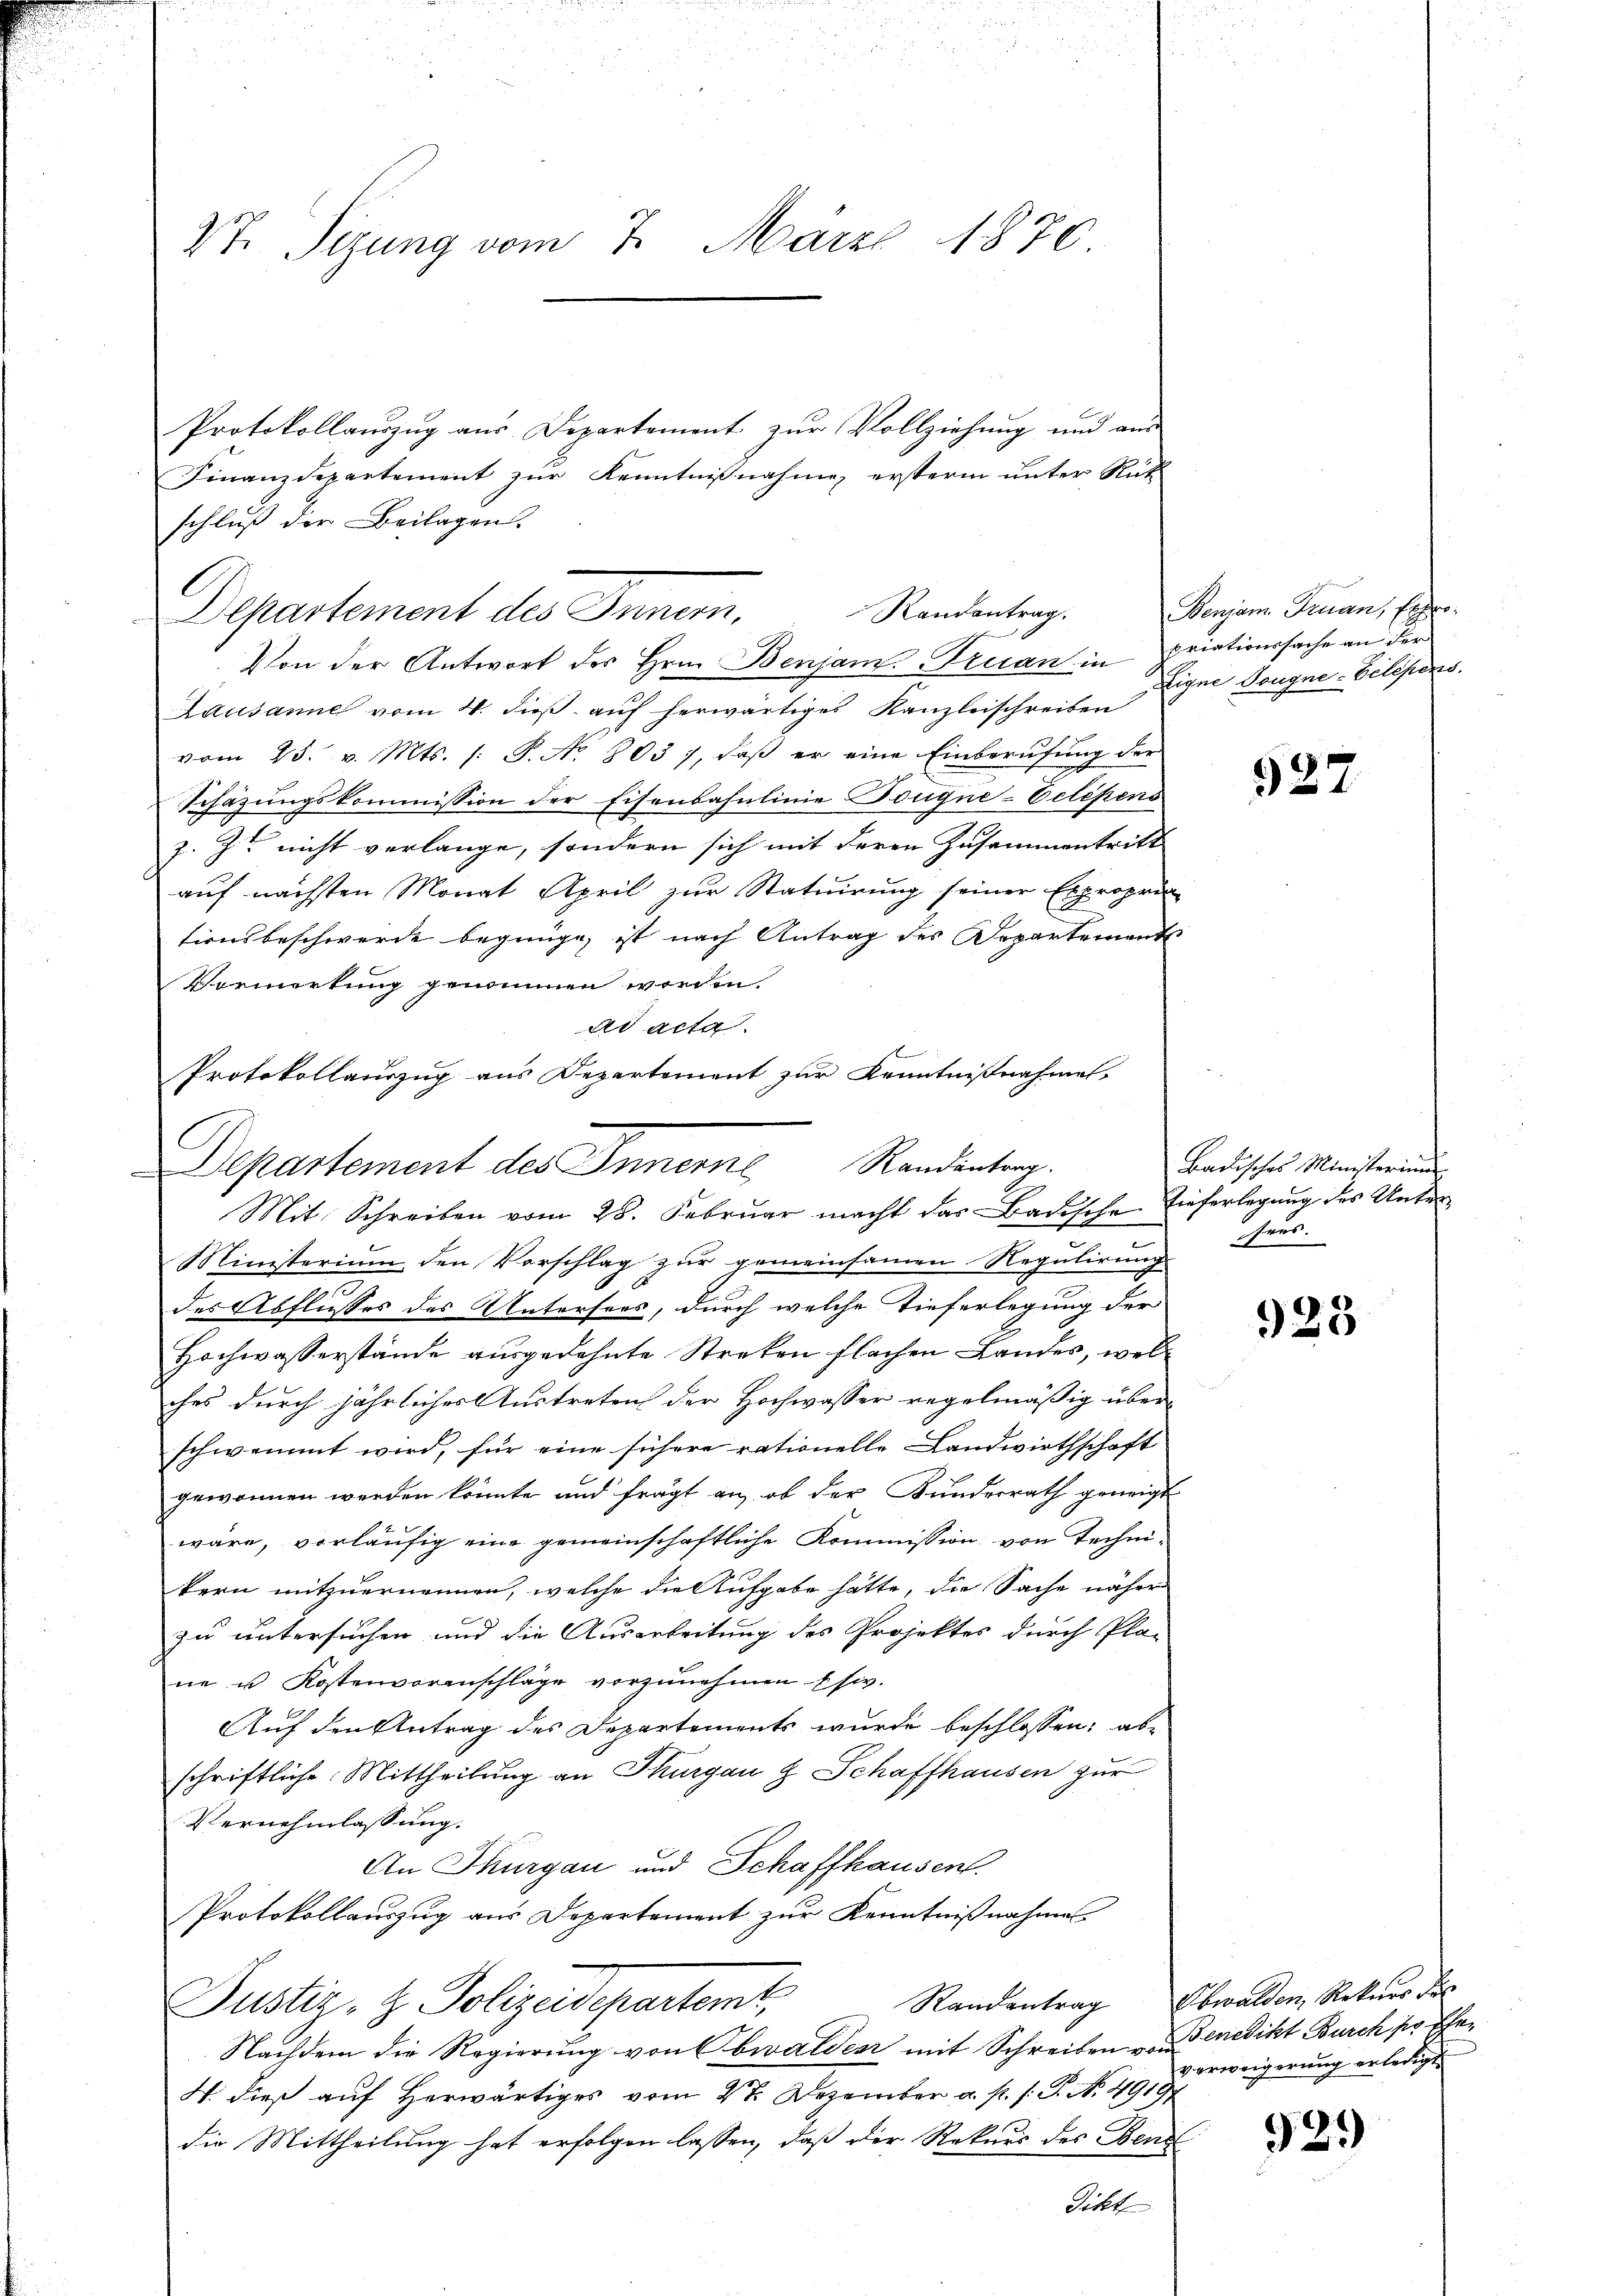
27. Sizung vom 7. März 1870

Protokollauszug aus Departement zur Vollziehung und aus
Finanzdepartement zur Kenntnißnahme ersterm unter Rück
schluß der Beilagen.
Randantrag.
Departement des Innern,

Departement des Innerne Randentrag.
Mit Schreiben vom 28. Februar macht das Badische

Von der Antwort des Hrn. Benjam.-Truan in priationssache an der
Lausanne vom 4. dieß auf herwärtiges Kanzleischreiben
vom 25. v. Mts. /: P. No 803), daß er eine Einberufung der
Schazungskommission der Eisenbahnlinie Dougne-Ectépens
z. Zt. nicht verlange, sondern sich mit deren Zusammentritt
auf nächsten Monat April zur Statuirung seiner Exproprin
tionsbeschwerde begnüge, ist nach Antrag des Departements
Vormerkung genommen worden.
ad acta.
Protokollauszug aus Departement zur Kenntnißnahmen,

Ministerium den Vorschlag zur gemeinsamen Regulirung
des Abflusses des Untersees, durch welche Tieferlegung der
Hochwasserstände ausgedehnte Streken flachen Landes, welches durch jährlicher Austreten der Hochwasser regelmäßig über
schwemmt wird, für eine sichere rationelle Landwirthschaft
gewonnen werden könnte und frägt an, ob der Bundesrath geneigt
wäre, vorläufig eine gemeinschaftliche Kommission von Technikern mitzuernennen, welche die Aufgabe hätte, die Sache näher
zu untersuchen und die Ausarbeitung des Projektes durch Pla-
ne u Kostenvoranschläge vorzŭnehmen - usiv.
Auf den Antrag des Departements wurde beschlossen; abe
schriftliche Mittheilung an Thurgau & Schaffhausen zur
Vernehmlassung.
An Thurgau und Schaffhausent.
Protokollauszug aus Departement zur Kenntnißnahmes
Justiz- & Polizeidepartemt,
Nachdem die Regierung von Obwalden mit Schreiben Benedikt Burch pr. Ehe¬
W. dieß auf Herwärtiges vom 27. Dezember a. p. s. G. N. 4910
die Mittheilung hat erfolgen lassen, daß der Rekurs des Bene
Dikte

Benjam. Fruan, Exper¬
Eigne Dougne-Eclepens.

527

Badisches Ministerium
Tieferlegung des Unter
sens.

923

Randantrag Obwalden, Rekurs des
verweigerung erledigt.

929)